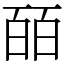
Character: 皕